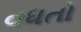
વધતો